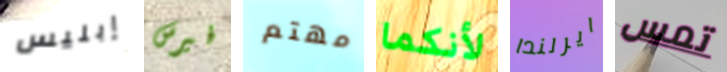
إبليس فيرس مهتم لأنكما ايرلندا تمس